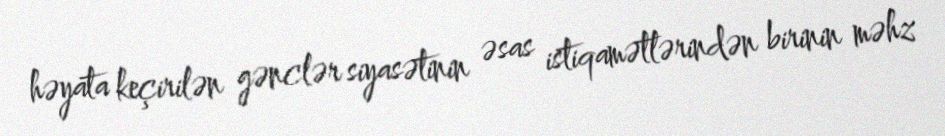
həyata keçirilən gənclər siyasətinin əsas istiqamətlərindən birinin məhz